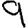
Digit: 9